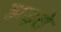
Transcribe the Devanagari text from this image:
झड़्ते